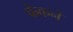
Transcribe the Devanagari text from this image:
फेकनें